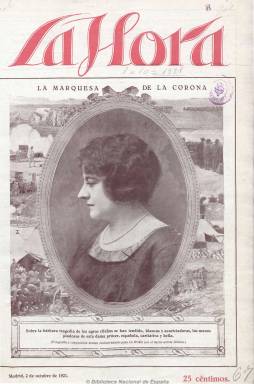
Título: La Hora (Madrid. 1921)
Colección: Revistas de información general
Ámbito geográfico: Madrid
Lugar de publicación: Madrid
Fechas: 02/10/1921-04/12/1921

Subtitulado “semanario gráfico independiente”, comienza a publicarse a partir del dos de octubre de 1921, y salía los domingos en números de una veintena de páginas, al precio de 25 céntimos, con profusión de fotografías y dibujos, que ilustran sus reportajes y entrevistas, crónicas de política, literatura, teatro, toros y cine. También incluye textos de creación literaria, sobre todo narraciones, y páginas sobre la cuestión femenina y otras de humor. Dedica especial atención a la actualidad gráfica, con reportajes fotográficos de Vidal referentes a la guerra española en el Rif  en los que se revela una crítica política a la situación militar, y también de actualidad extranjera. A partir del número de seis de noviembre, se indica que su fundador y gerente es Manuel Gracia.

La portada es ocupada por un dibujo o una gran fotografía a color. Entre sus redactores se encuentra César Jalón, que publica una serie de reportajes sobre la situación de la prensa y el periodismo en ese momento. La sección de teatro la firma Manuel López Marín; la dedicada a la literatura y escritores, Luis Antón del Olmet y Luis de Armiñán Odriozola, y la taurina, Carlos Revenga, que lo hace con el seudónimo Chavito. Algunos textos narrativos son de Antonio Casero y Francisco Ramos de Castro, quien aparece también como confeccionador. El mayor número de dibujos y viñetas son de López Rubio, y Ricardo Martín también es el autor de una página de humor. Otro de sus fotógrafos es Walken. Fue estampada por Gráficas Reunidas. También inserta publicidad comercial.

El dieciséis de octubre publica un número extraordinario dedicado a Zaragoza, con motivo de la festividad de la virgen del Pilar. El número 10 es el último de la colección, correspondiente al cuatro de diciembre de 1921, en donde anuncia que el día uno de enero del siguiente año publicará un número extraordinario de 36 páginas, y que a partir del día siguiente aparecería como “diario gráfico de la noche”. Probablemente no continuó publicándose más.